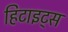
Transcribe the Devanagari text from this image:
हिटाइट्स